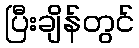
ပြီးချိန်တွင်